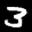
Label: 3